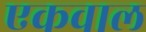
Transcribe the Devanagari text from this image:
एकवाल